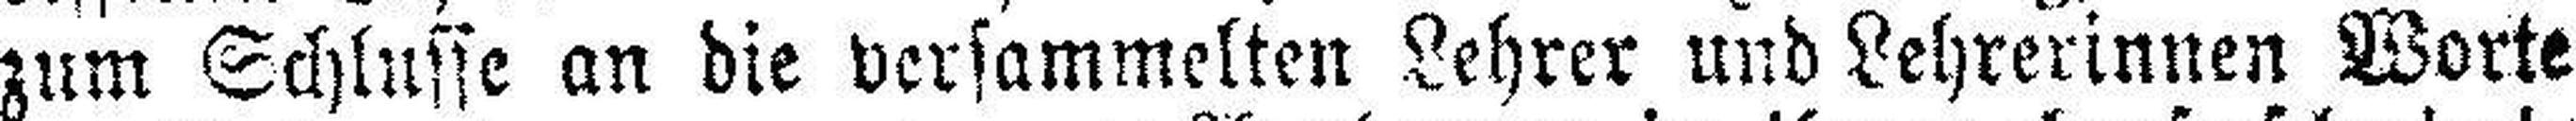
zum Schlusse an die versammelten Lehrer und Lehrerinnen Worte